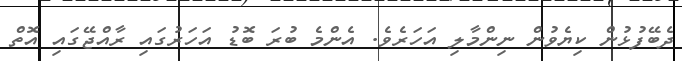
ދެބޭފުޅުން ކިޔެވުން ނިންމާލި އަހަރެވެ. އެންމެ ބުރަ ބޮޑު އަހަރުގައި ރާއްޖޭގައި އޮތް